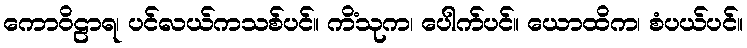
ကောဝိဠာရ၊ ပင်လယ်ကသစ်ပင်။ ကိံသုက၊ ပေါက်ပင်။ ယောထိက၊ စံပယ်ပင်။